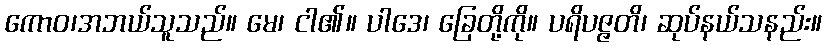
ကောဝ၊အဘယ်သူသည်။ မေ၊ ငါ၏။ ပါဒေ၊ ခြေတို့ကို။ ပရိပဇ္ဇတိ၊ ဆုပ်နယ်သနည်း။